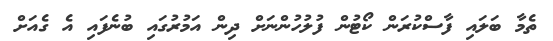
ތެމާ ބަލައި ފާސްކުރަން ކޯޓުން ފުލުހުންނަށް ދިން އަމުރުގައި ބުނެފައި އެ ގެއަށް